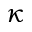
\kappa